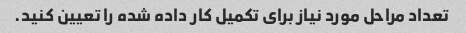
تعداد مراحل مورد نیاز برای تکمیل کار داده شده را تعیین کنید.